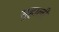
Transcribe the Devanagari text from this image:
सुहाली